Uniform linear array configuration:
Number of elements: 32
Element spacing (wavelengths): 0.75
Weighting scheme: hamming
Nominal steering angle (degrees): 60
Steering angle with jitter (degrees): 61.557
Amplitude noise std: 0.05
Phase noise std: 0.05

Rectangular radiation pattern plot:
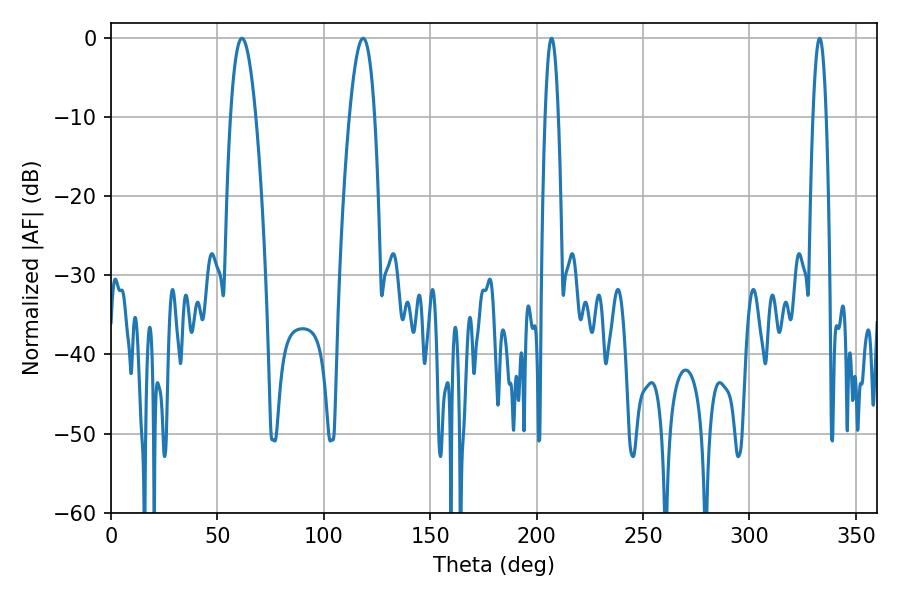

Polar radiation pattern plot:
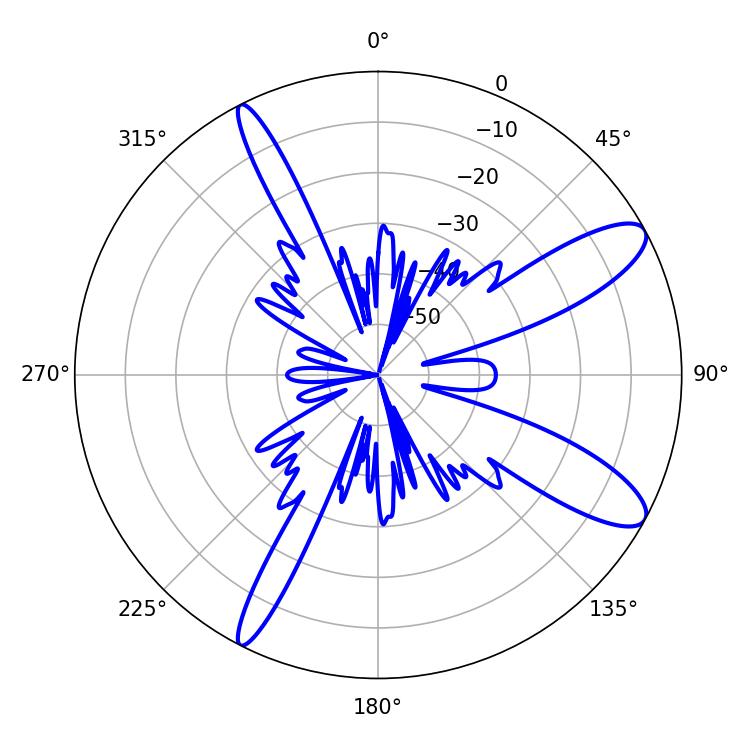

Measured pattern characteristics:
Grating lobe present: TRUE
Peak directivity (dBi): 11.034
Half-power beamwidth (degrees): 6.48
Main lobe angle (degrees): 61.56